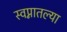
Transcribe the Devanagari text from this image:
स्वप्नातल्या